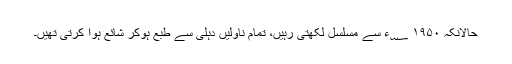
حالانکہ ۱۹۵۰ ؁ء سے مسلسل لکھتی رہیں، تمام ناولیں دہلی سے طبع ہوکر شائع ہوا کرتی تھیں۔